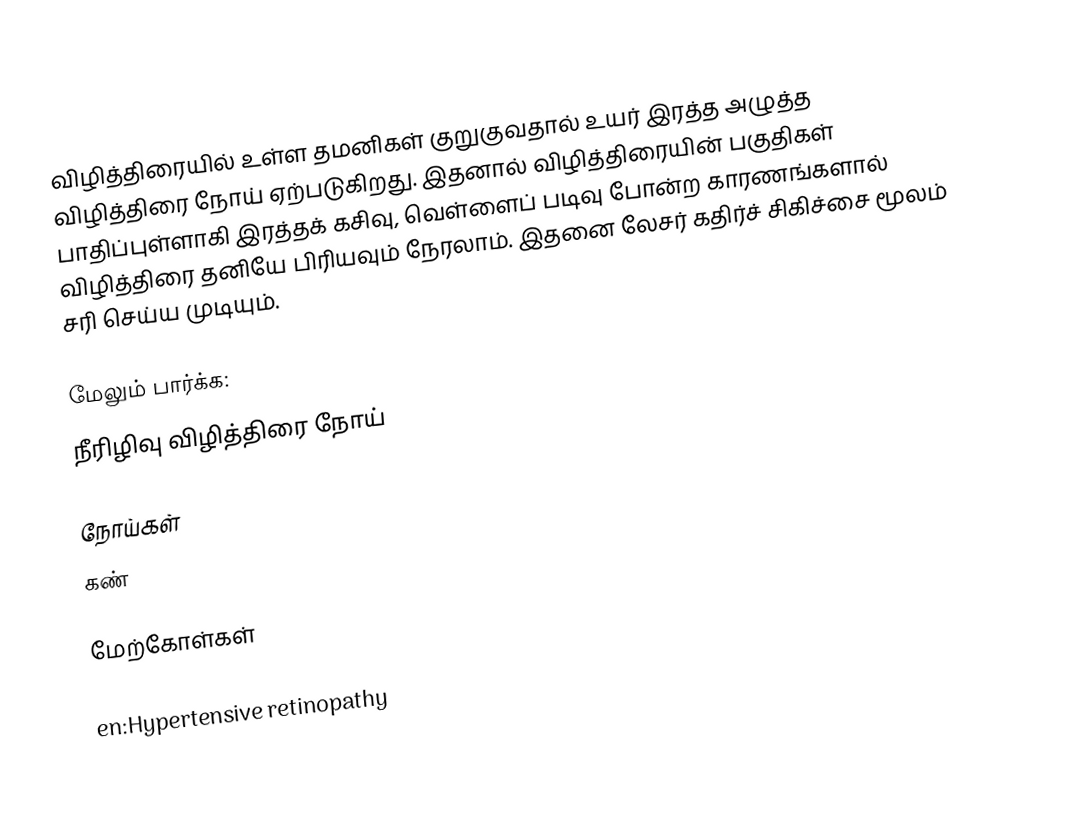
விழித்திரையில் உள்ள தமனிகள் குறுகுவதால் உயர் இரத்த அழுத்த விழித்திரை நோய் ஏற்படுகிறது. இதனால் விழித்திரையின் பகுதிகள் பாதிப்புள்ளாகி இரத்தக் கசிவு, வெள்ளைப் படிவு போன்ற காரணங்களால் விழித்திரை தனியே பிரியவும் நேரலாம். இதனை லேசர் கதிர்ச் சிகிச்சை மூலம் சரி செய்ய முடியும்.

மேலும் பார்க்க:
நீரிழிவு விழித்திரை நோய்

நோய்கள்
கண்

மேற்கோள்கள்

en:Hypertensive retinopathy